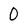
Character: 0